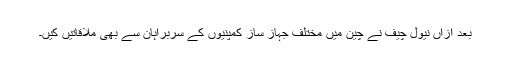
بعد ازاں نیول چیف نے چین میں مختلف جہاز ساز کمپنیوں کے سربراہان سے بھی ملاقاتیں کیں۔